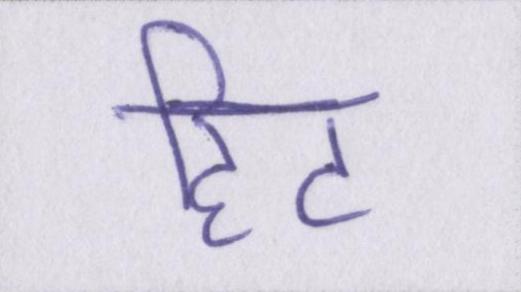
हिट